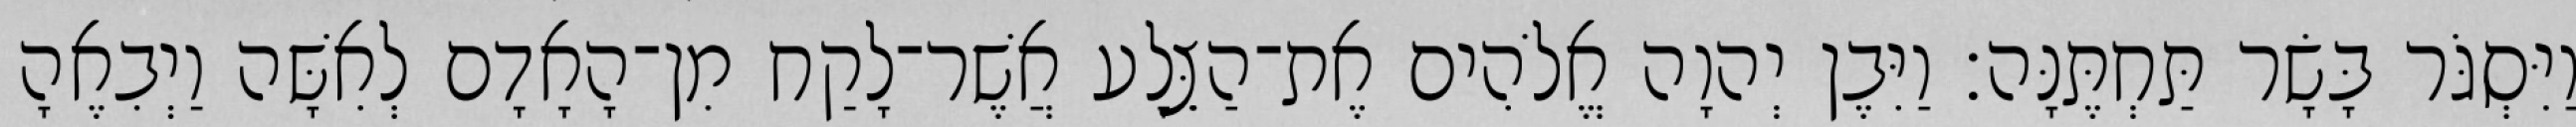
וַיִּסְגֹּר בָּשָׂר תַּחְתֶּנָּה׃ וַיִּבֶן יְהוָה אֱלֹהִים אֶת־הַצֵּלָע אֲשֶׁר־לָקַח מִן־הָאָדָם לְאִשָּׁה וַיְבִאֶהָ